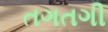
તગતગી